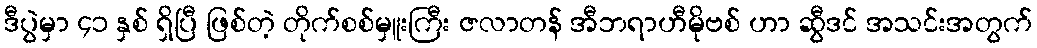
ဒီပွဲမှာ ၄၁ နှစ် ရှိပြီ ဖြစ်တဲ့ တိုက်စစ်မှူးကြီး ဇလာတန် အီဘရာဟီမိုဗစ် ဟာ ဆွီဒင် အသင်းအတွက်